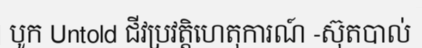
បូក Untold ជីវប្រវត្តិហេតុការណ៍ -ស៊ុតបាល់